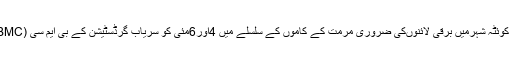
03 مئی2018ء) کوئٹہ الیکٹرک سپلائی کمپنی((کیسکو)کے اعلان کے مطابق کوئٹہ شہرمیں برقی لائنوںکی ضروری مرمت کے کاموں کے سلسلے میں 4اور6مئی کو سریاب گرڈسٹیشن کے بی ایم سی (BMC)اور سمنگلی ایکسپریس فیڈروں سے دوپہر2بجے تا شام 4بجے بجلی بندہوگی۔